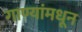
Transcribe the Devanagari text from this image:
गाण्यांमधून